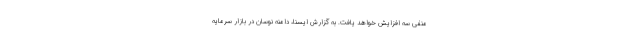
منفی سه افزایش خواهد یافت. به گزارش ایسنا، دامنه نوسان در بازار سرمایه